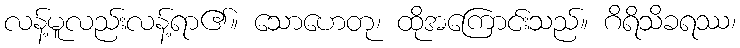
လန့်မူလည်းလန့်ရာ၏။ သောဟေတု၊ ထိုအကြောင်းသည်။ ဂိရိသိခရဿ၊